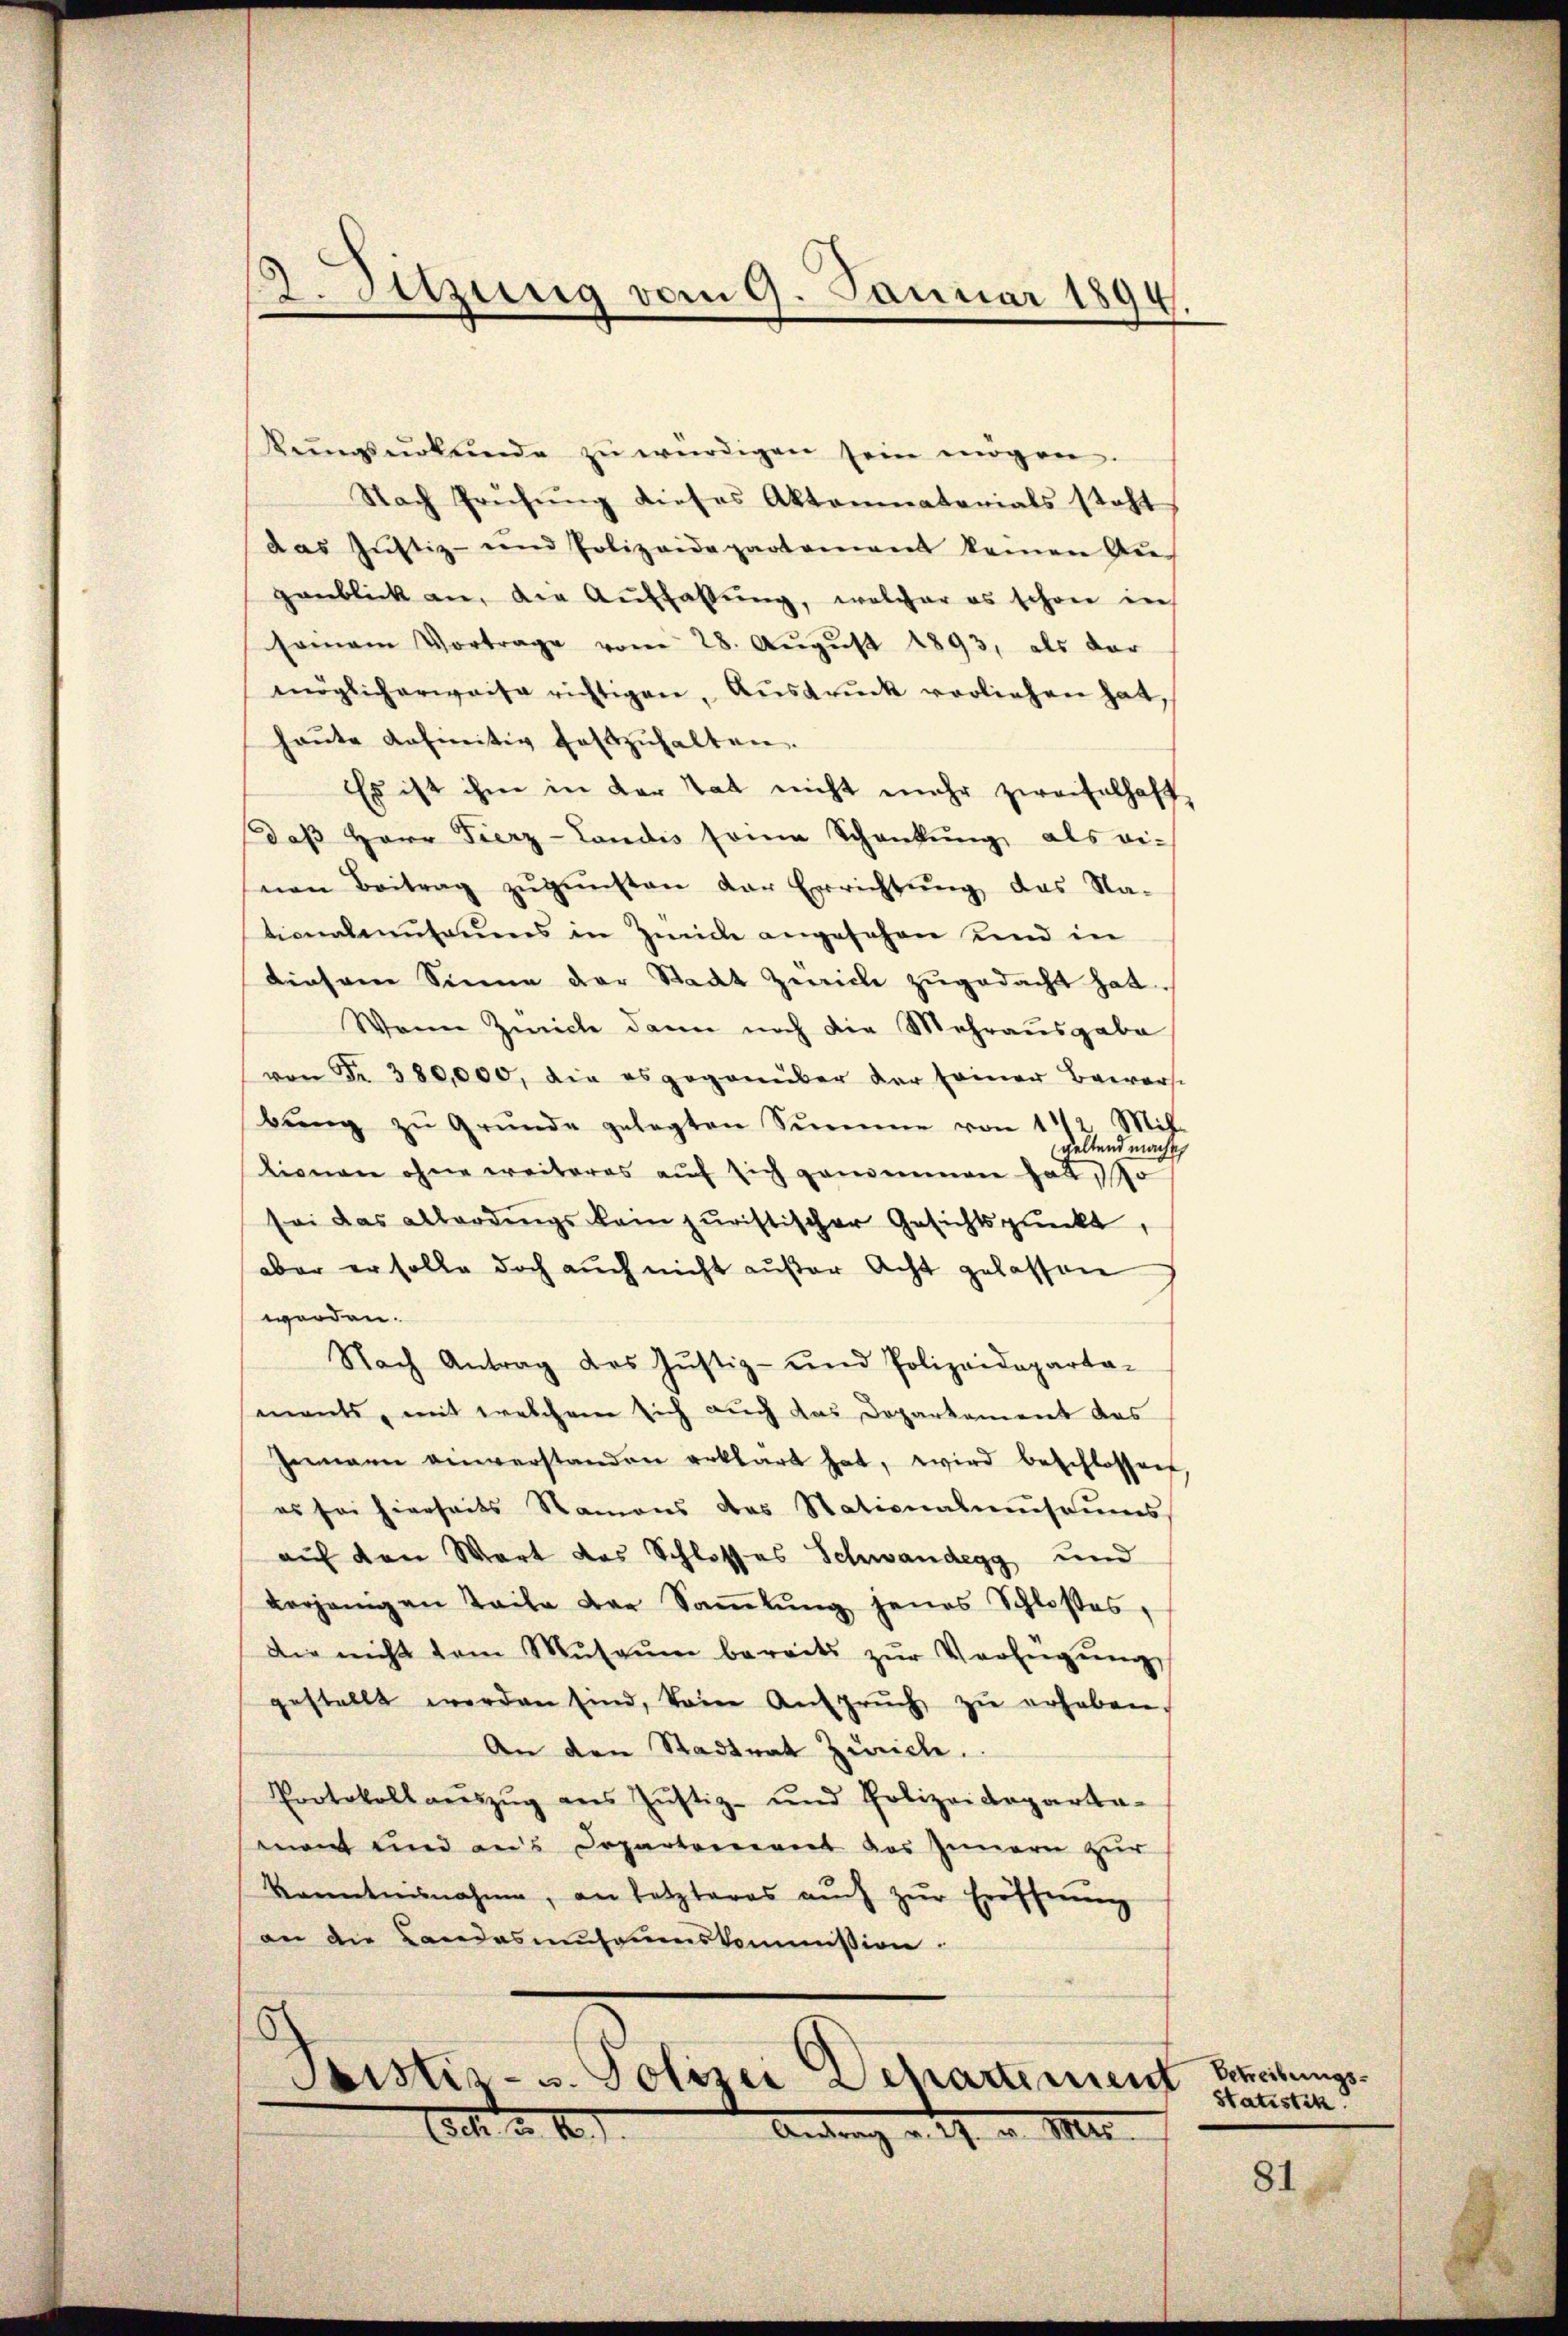
kungsurkunde zŭ würdigen sein mögen
Nach Prüfŭng dieses Aktominatorials steht
das Justiz- und Polizeidepartement keinen An-
genblick an, die Auffassŭng, welcher es schon in
seinem Vortrage vom 28. Aŭgŭst 1893, als dar
möglicherweise richtigen, Ausdruck vorliehen hat,
haŭte definitiv festzŭhalten.
Es ist ihm in der Tat nicht mehr zweifelhaft
daß Herr Fierz-Landis seine Schankung als ei-
nen Beitrag zŭgŭnsten der Errichtŭng das Na-
tionalenŭsaums in Zwicke angesehen und in
diesem Sinne der Stadt Zwicke zugedacht hat.
Wenn Zwicke dann noch die Mehrausgabe
von Fr. 380,000, die es gegenüber der seiner Baars
bŭng zŭ Grŭnde gelegten Summe von 11/2 Mit-
geltend mache
tionen ohne weiteres aŭf sich genommen hat, so
sei das allerdings kein juristischer Gesichtspunkt,
aber er solle doch aŭch nicht aŭβer Acht gelassen
worden.
Nach Antrag des Jŭstiz- und Polizeideparta-
mants, mit welchem sich auch das Departement das
Zemann einverstanden erklärt hat, wird beschlossen,
es sei hierseits Namens das Stationalmuseums
auf den Wort das Schlosses Schwandegg und
vorjenigen Teile der Saṁlŭng jenes Schloßes,
Die nicht dem Mŭsaŭm bereits zŭr Verfügŭng
gestellt werden sind, keine Ansprŭch zŭ erhaben.
An den Stadtrat Zürich.
Protokollaŭszŭg ans Jŭstiz- und Polizeideparta-
sement und aus Departement des Innern zur
kanntnisnahme, an letzteres aŭch zŭr Eröffnung
an die Landasmuseumskommission.

2. Setzung vom 9. Januar 1894.

Pristiz- u. Polizei Departement
C. v. M.
Antrag v. M. v. M.

Betreibungs-
Statistik.

81,